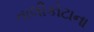
તાલીકોટાના